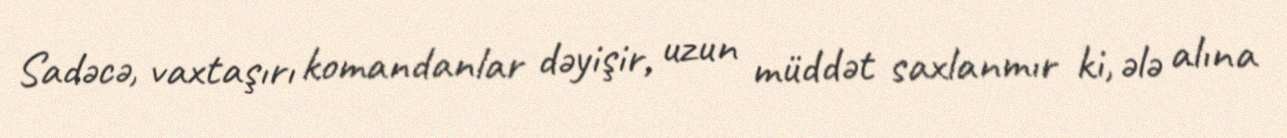
Sadəcə, vaxtaşırı komandanlar dəyişir, uzun müddət saxlanmır ki, ələ alına